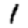
Digit: 1